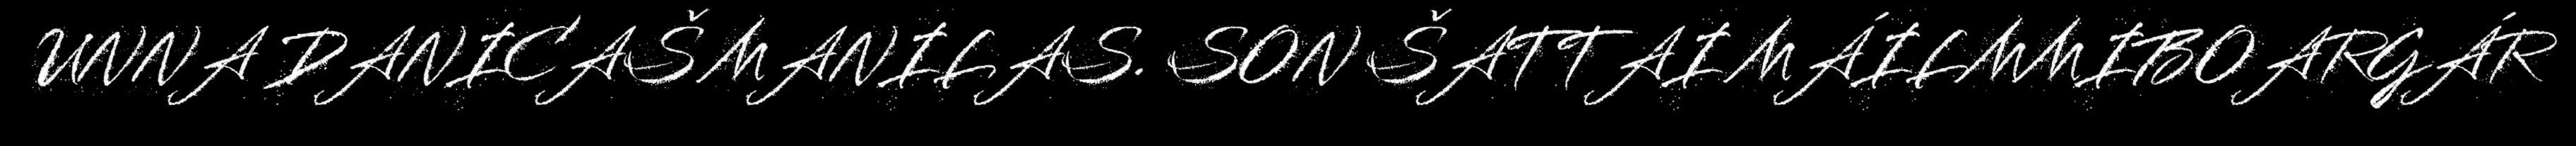
UNNA DANICAŠ MANILAS. SON ŠATTAI MÁILMMIBOARGÁR